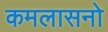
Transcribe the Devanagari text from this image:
कमलासनो